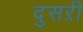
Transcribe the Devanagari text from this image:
दुसऱी